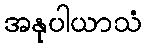
အနုပါယာသံ